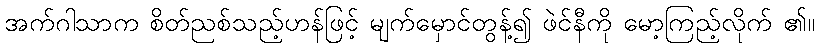
အက်ဂါသာက စိတ်ညစ်သည့်ဟန်ဖြင့် မျက်မှောင်တွန့်၍ ဖဲင်နီကို မော့ကြည့်လိုက် ၏။